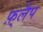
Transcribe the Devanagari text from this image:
फ़्लैप